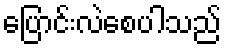
ပြောင်းလဲစေပါသည်